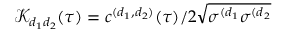
\mathcal { K } _ { d _ { 1 } d _ { 2 } } ( \tau ) = c ^ { ( d _ { 1 } , d _ { 2 } ) } ( \tau ) / 2 \sqrt { \sigma ^ { ( d _ { 1 } } \sigma ^ { ( d _ { 2 } } }